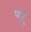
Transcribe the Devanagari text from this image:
पपू